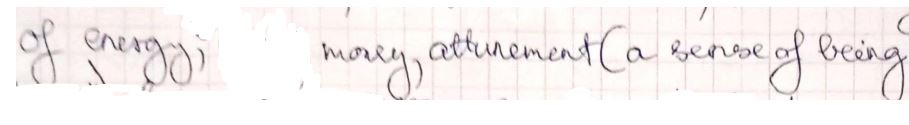
of energy, money, attunement ( a sense of being